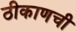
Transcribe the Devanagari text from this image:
ठीकाणची